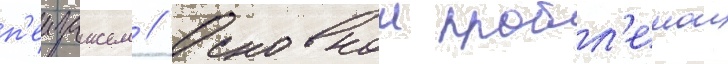
п'еизажем // Основнои пробл'емои